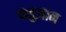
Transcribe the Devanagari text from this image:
पशुज्ञान